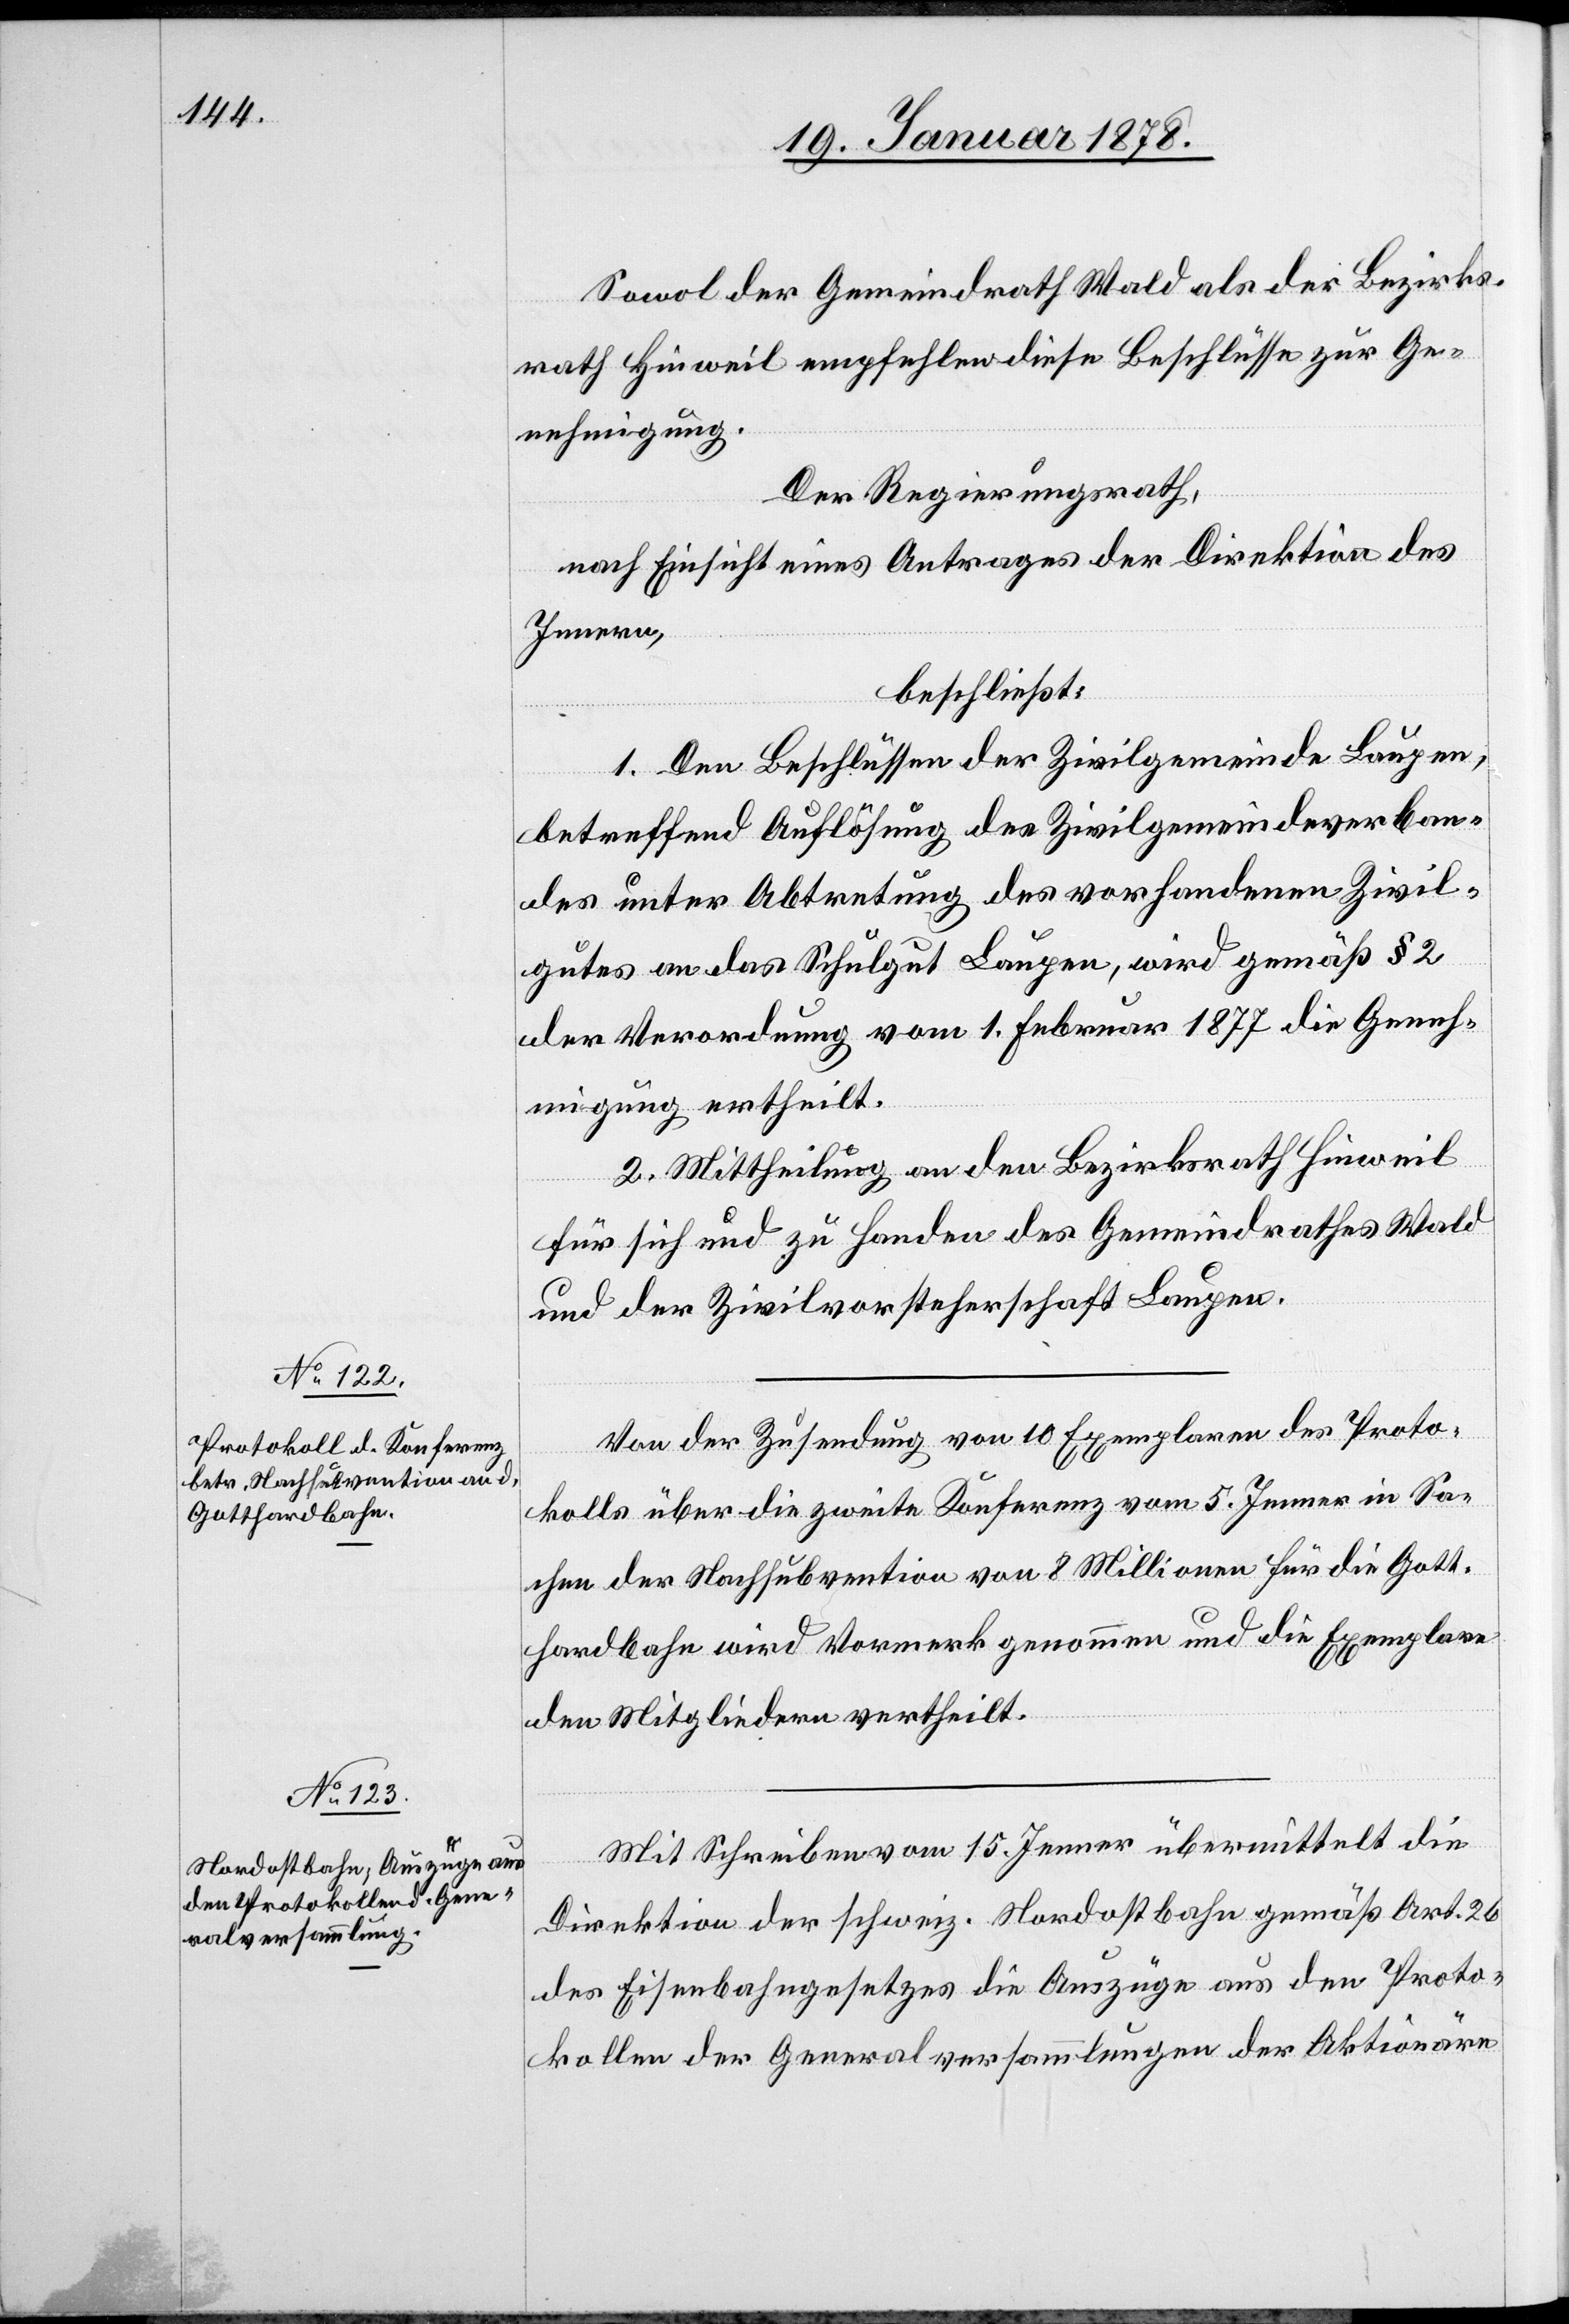
Sowol der Gemeindrath Wald als der Bezirks¬
rath Hinweil empfehlen diese Beschlüsse zur Ge¬
nehmigung.
Der Regierungsrath,
nach Einsicht eines Antrages der Direktion des
Innern,
beschließt:
1. Den Beschlüssen der Zivilgemeinde Laupen,
betreffend Auflösung des Zivilgemeindeverban¬
des unter Abtretung des vorhandenen Zivil¬
gutes an das Schulgut Laupen, wird gemäß § 2
der Verordnung vom 1. Februar 1877 die Geneh¬
migung ertheilt.
2. Mittheilung an den Bezirksrath Hinweil
für sich und zu Handen des Gemeindrathes Wald
und der Zivilvorsteherschaft Laupen.
Von der Zusendung von 10 Exemplaren des Proto¬
kolls über die zweite Konferenz vom 5. Jenner in Sa¬
chen der Nachsubvention von 8 Millionen für die Gott¬
hardbahn wird Vormerk genommen und die Exemplare
den Mitgliedern vertheilt.
Mit Schreiben vom 15. Jenner übermittelt die
Direktion der schweiz. Nordostbahn gemäß Art. 26
des Eisenbahngesetzes die Auszüge aus den Proto¬
kollen der Generalversammlungen der Aktionäre